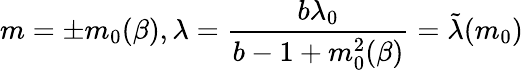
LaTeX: m=\pm m_{0}(\beta),\lambda=\frac{b\lambda_{0}}{b-1+m_{0}^{2}(\beta)}=\tilde{\lambda}(m_{0})